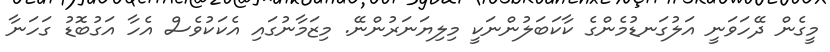
މީގެން ދޭހަވަނީ އަލުގަނޑުމެންގެ ކާކަބަލުންނަކީ މިލިޔަނަރުންނޭ. މިޒަމާނުގައި އެކަކުވެސް އެހާ އަގުބޮޑު ގަހަނާ